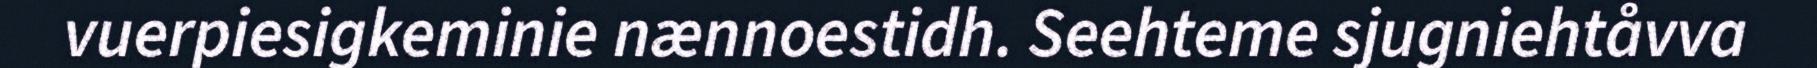
vuerpiesigkeminie nænnoestidh. Seehteme sjugniehtåvva